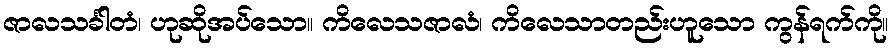
ဇာလသင်္ခါတံ၊ ဟုဆိုအပ်သော။ ကိလေသဇာလံ၊ ကိလေသာတည်းဟူသော ကွန်ရက်ကို။